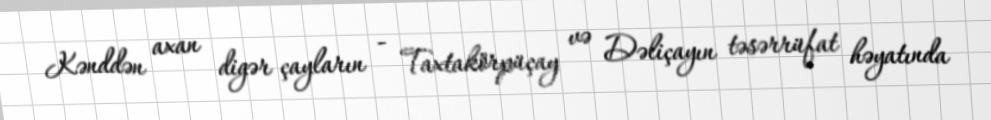
Kənddən axan digər çayların - Taxtakörpüçay və Dəliçayın təsərrüfat həyatında